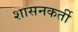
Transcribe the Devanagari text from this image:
शासनकर्ती